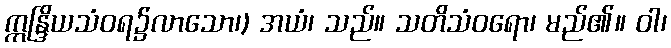
ဣန္ဒြိယသံဝရ၌လာသော၊) အယံ၊ သည်။ သတိသံဝရော၊ မည်၏။ ဝါ၊